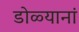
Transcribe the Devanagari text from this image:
डोळ्यानां